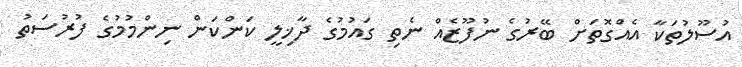
އުސޫލުތަކާ އެއްގޮތަށް ބޭރުގެ ނުފޫޒެއް ނެތި ގައުމުގެ ދާޚިލީ ކަންކަން ނިންމުމުގެ ފުރުސަތު